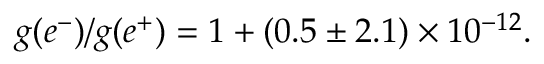
g ( e ^ { - } ) / g ( e ^ { + } ) = 1 + ( 0 . 5 \pm 2 . 1 ) \times 1 0 ^ { - 1 2 } .